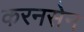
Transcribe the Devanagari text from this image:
करनसेन